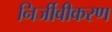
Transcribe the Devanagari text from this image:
निर्जीवीकरण